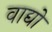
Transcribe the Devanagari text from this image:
वाद्यो